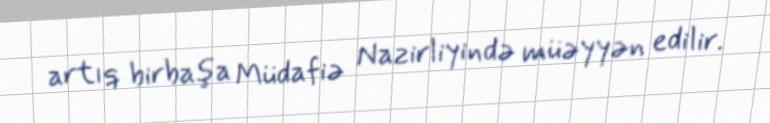
artıq birbaşa Müdafiə Nazirliyində müəyyən edilir.